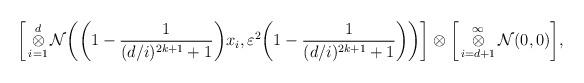
LaTeX: \begin{align*}\bigg{[}\mathop{\otimes}_{i=1}^{d}\mathcal{N}\bigg{(}\bigg{(}1-\frac{1}{(d/i)^{2k+1}+1}\bigg{)}x_{i},\varepsilon^{2}\bigg{(}1-\frac{1}{(d/i)^{2k+1}+1}\bigg{)}\bigg{)}\bigg{]}\otimes\bigg{[}\mathop{\otimes}_{i=d+1}^{\infty}\mathcal{N}(0,0)\bigg{]},\end{align*}